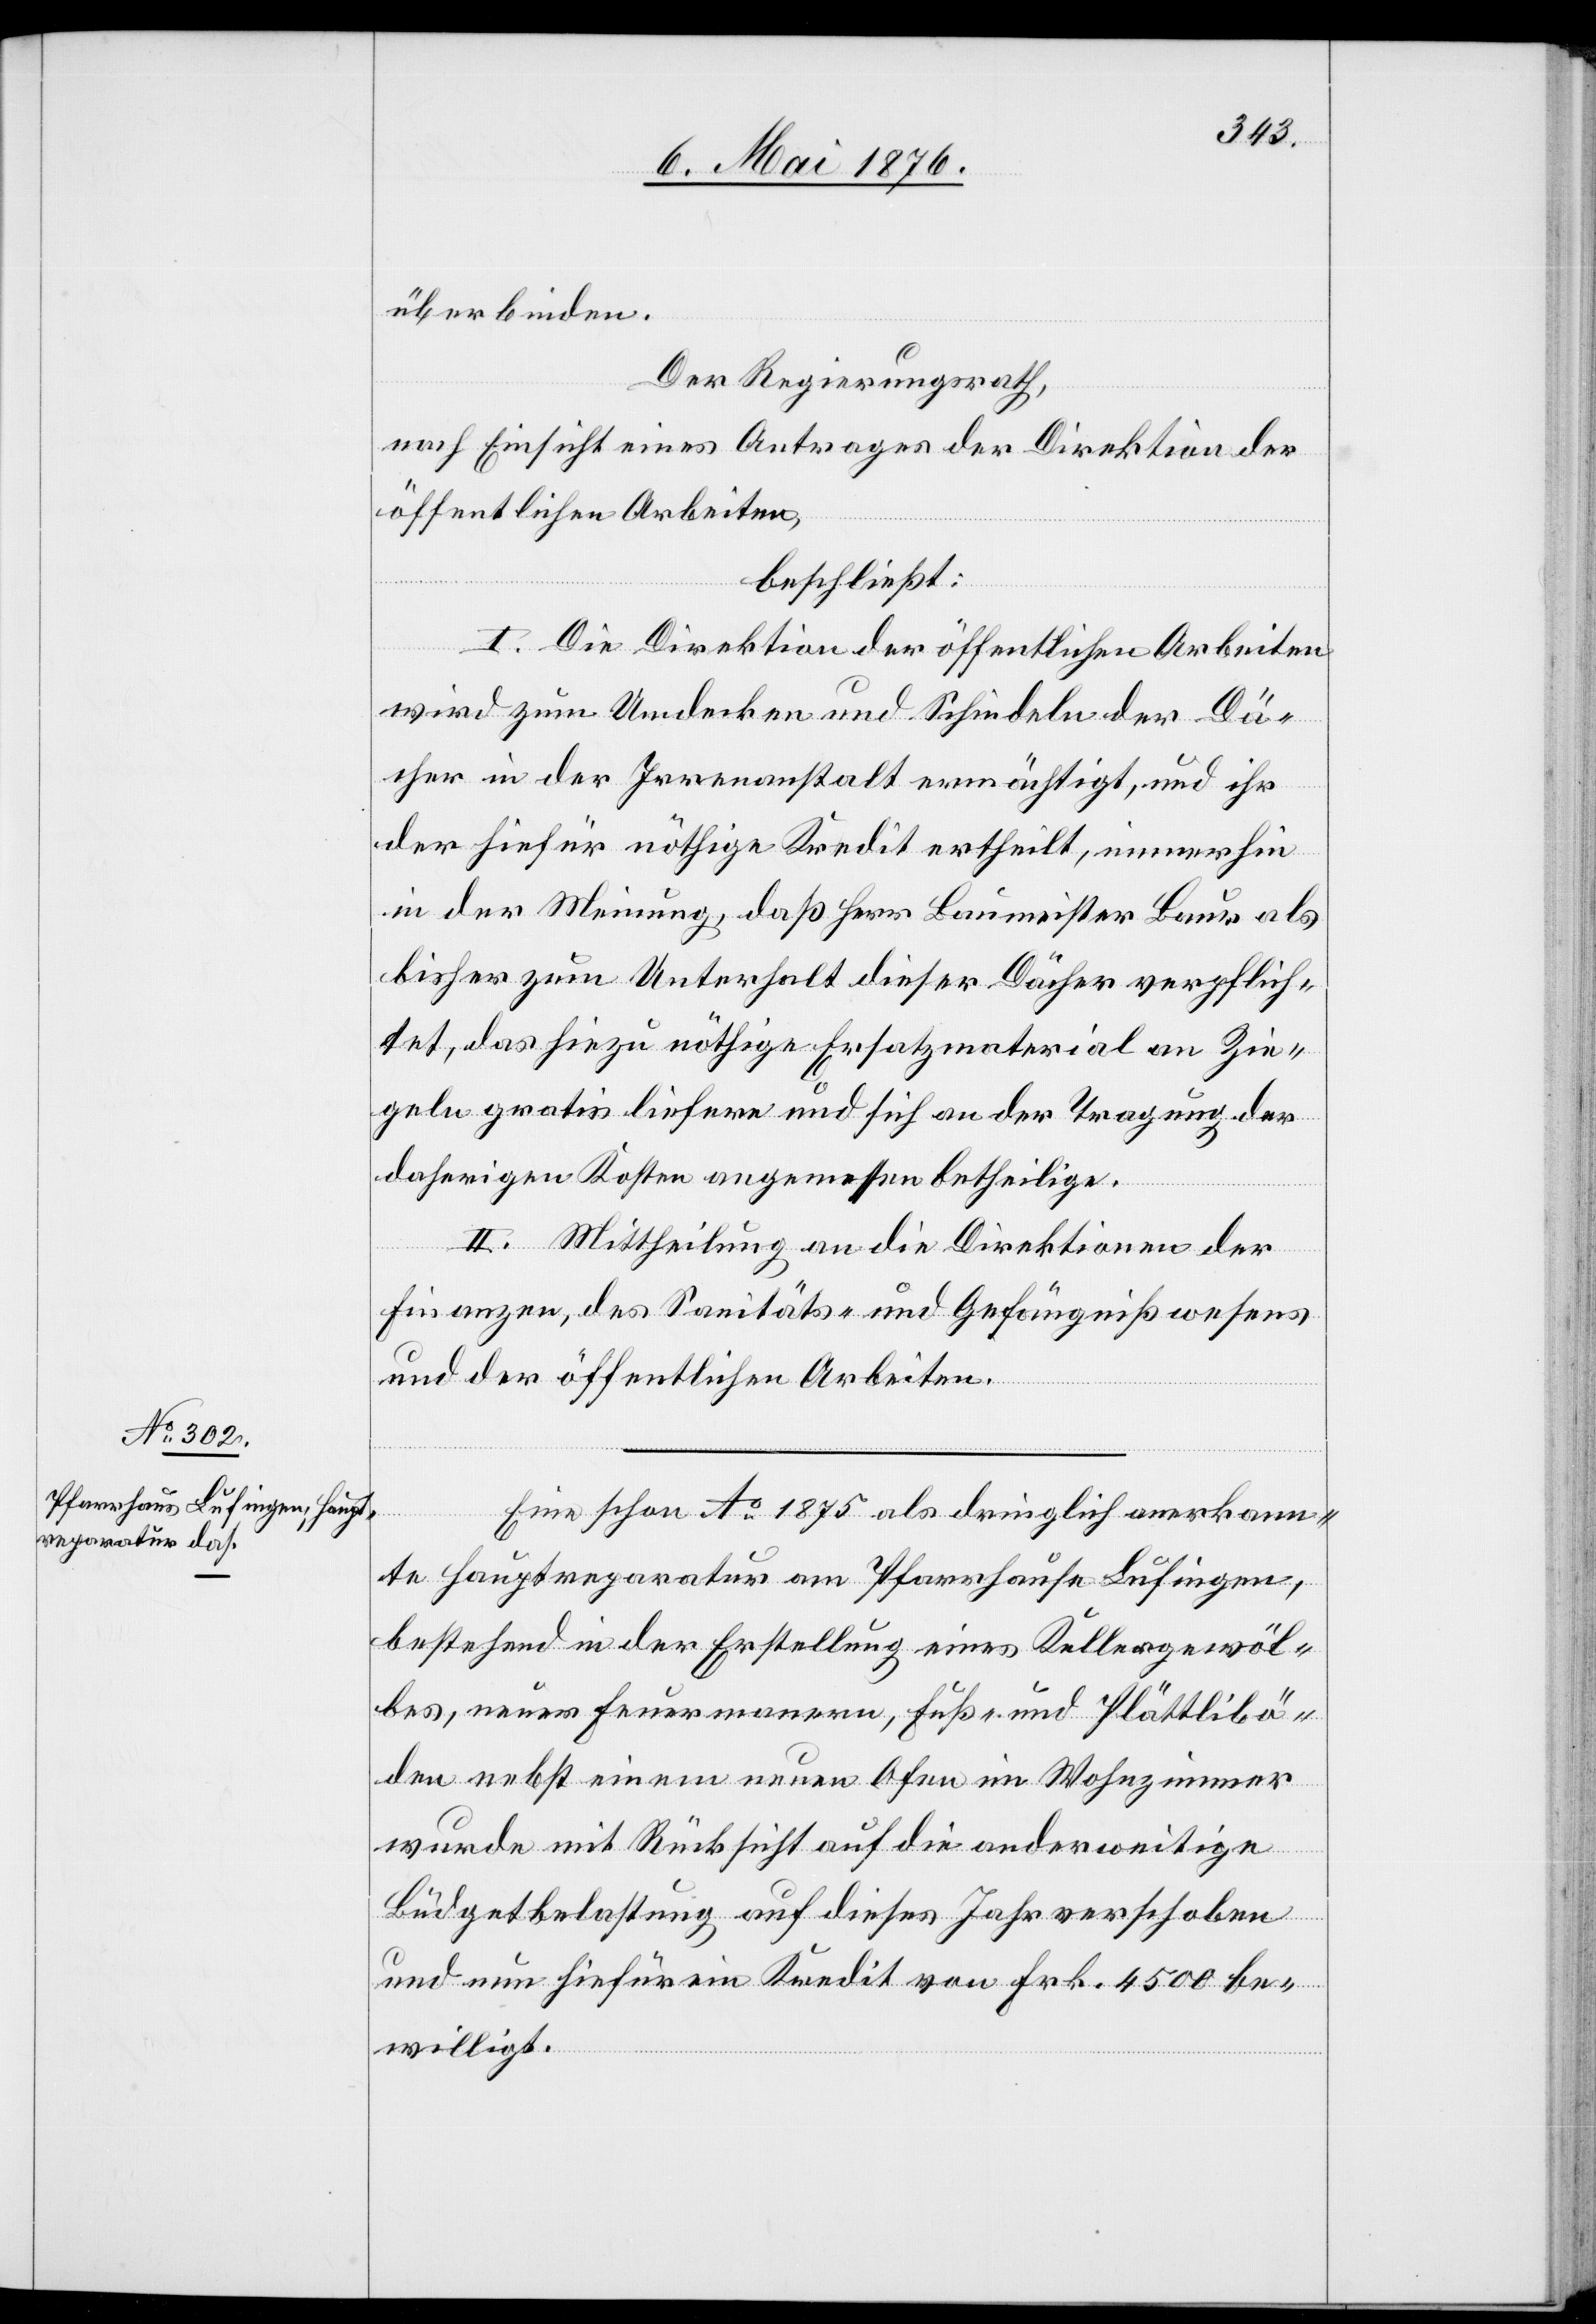
überbinden.
Der Regierungsrath,
nach Einsicht eines Antrages der Direktion der
öffentlichen Arbeiten,
beschließt:
I. Die Direktion der öffentlichen Arbeiten
wird zum Umdecken und Schindeln der Dä¬
cher in der Irrenanstalt ermächtigt, und ihr
der hierfür nöthige Kredit ertheilt, immerhin
in der Meinung, daß Herr Baumeister Baur als
bisher zum Unterhalt dieser Dächer verpflich¬
tet, das hiezu nöthige Ersatzmaterial an Zie¬
geln gratis liefern und sich an der Tragung der
daherigen Kosten angemessen betheilige.
II. Mittheilung an die Direktionen der
Finanzen, des Sanitäts- und Gefängnißwesens
und der öffentlichen Arbeiten.
Eine schon Ao 1875 als dringlich anerkann¬
te Hauptreparatur am Pfarrhause Lufingen,
bestehend in der Erstellung eines Kellergewöl¬
bes, neuer Feuermauern, Fuß- und Plättlibö¬
den nebst einem neuen Ofen im Wohnzimmer
wurde mit Rücksicht auf die anderweitige
Büdgetbelastung auf dieses Jahr verschoben
und nun hierfür ein Kredit von Fr. 4500 be¬
willigt.